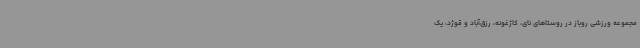
مجموعه ورزشی روباز در روستاهای نای، کاژغونه، رزق‌آباد و قوژد، یک